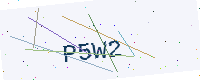
Text: P5W2